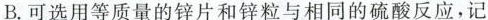
B.可选用等质量的锌片和锌粒与相同的硫酸反应，记